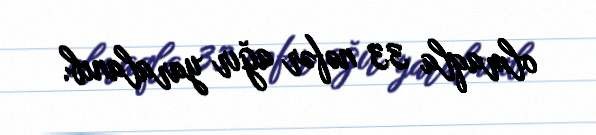
olmaqla 33 nəfər ağır yaralanıb.